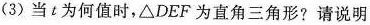
(3)当t为何值时，\triangle DEF为直角三角形?请说明